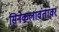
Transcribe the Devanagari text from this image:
सिनेकलावंतांवर